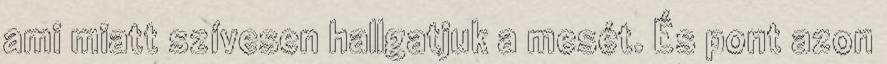
ami miatt szívesen hallgatjuk a mesét. És pont azon